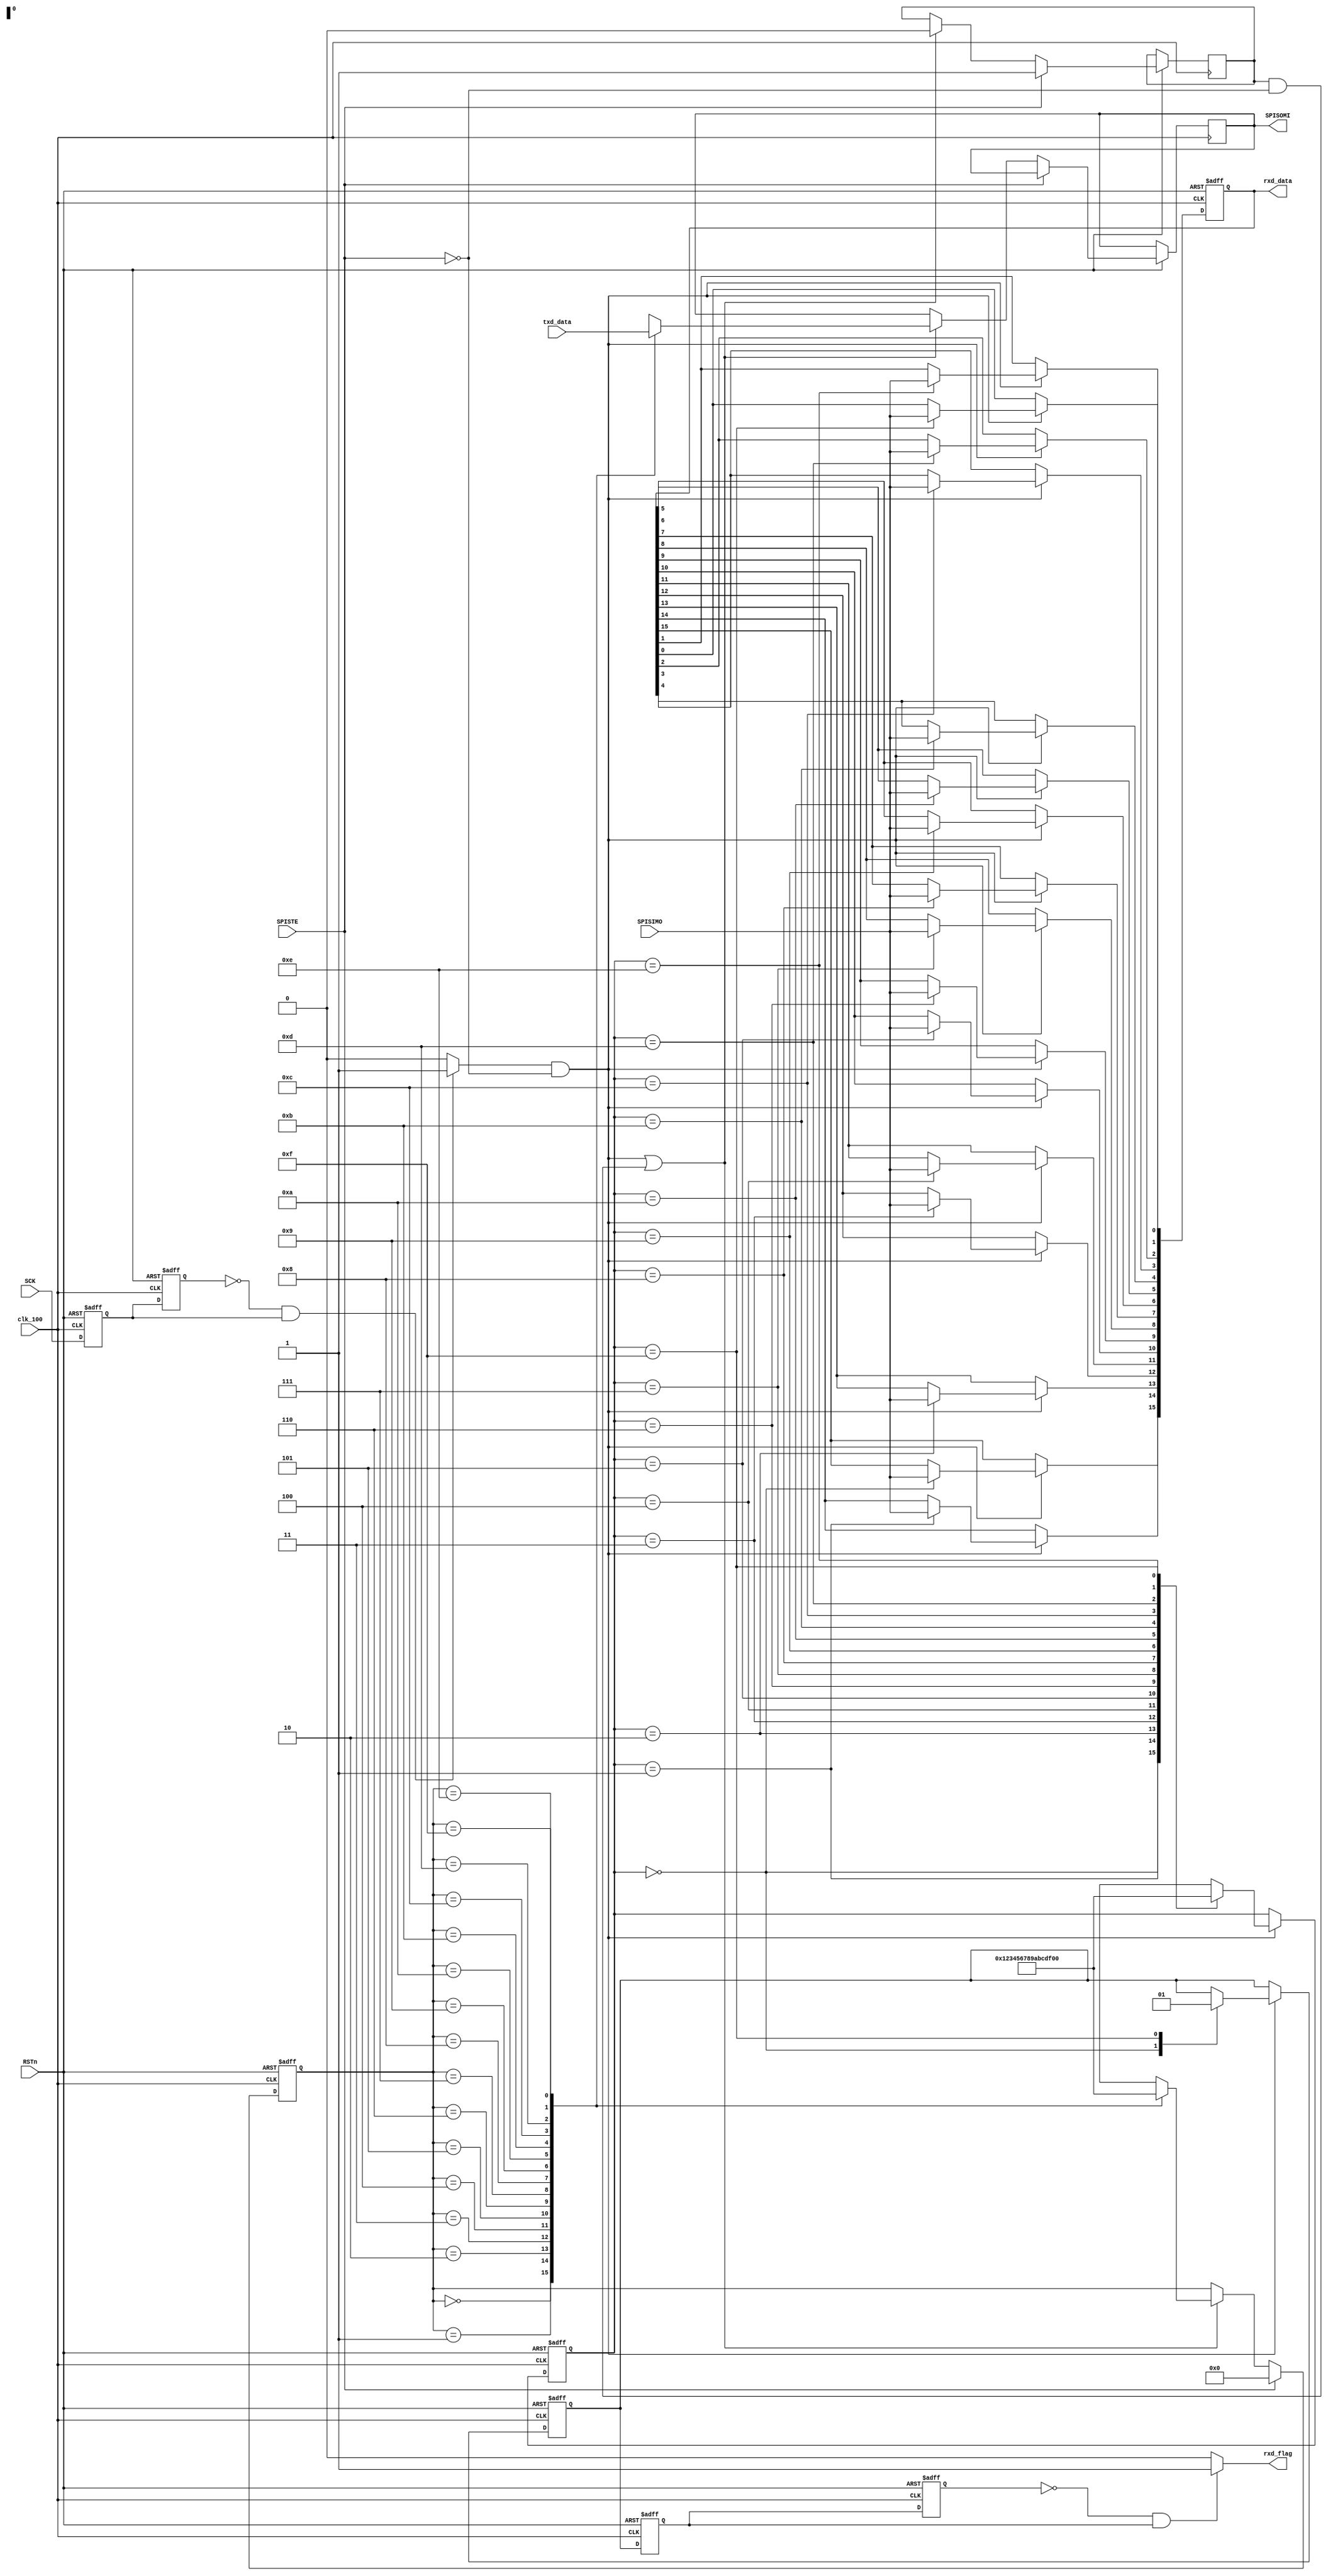

/***********************************************************************
		****************** name:SPI_Slaver_Driver **************
***********************************************************************/
//use SPI 3 mode,CPOL = 0,CPHA = 1

module spi
(
input clk_100,
input RSTn,
input SPISTE,
input SCK,
input SPISIMO,
input  [15:0] txd_data,
output reg SPISOMI,
output reg [15:0] rxd_data,
output rxd_flag				//recieve done,please transmit data
); 


//-------------------------capture the sck-----------------------------          
reg sck_r0;
reg sck_r1;
//wire sck_n;
wire sck_p;
always@(posedge clk_100 or negedge RSTn)
begin
    if(!RSTn)
        begin
            sck_r0 <= 1'b1;   //sck of the idle state is high 
            sck_r1 <= 1'b1;
        end
    else
        begin
            sck_r0 <= SCK;
            sck_r1 <= sck_r0;
        end
end

//assign sck_n = (~sck_r0 & sck_r1)? 1'b1:1'b0;   //capture the sck negedge
assign sck_p = (~sck_r1 & sck_r0)? 1'b1:1'b0;   //capture the sck posedge

//-----------------------spi_slaver read data-------------------------------
reg rxd_flag_r;
reg [3:0] rxd_state;
always@(posedge clk_100 or negedge RSTn)
begin
    if(!RSTn)
        begin
            rxd_data <= 1'b0;
            rxd_flag_r <= 1'b0;
            rxd_state <= 1'b0;
        end
    else if(sck_p && !SPISTE)   
        begin
            case(rxd_state)
                4'd0:begin
                        rxd_data[15] <= SPISIMO;
                        rxd_flag_r <= 1'b0;   		//reset rxd_flag
                        rxd_state <= 4'd1;
                      end
                4'd1:begin
                        rxd_data[14] <= SPISIMO;
                        rxd_state <= 4'd2;
                      end
                4'd2:begin
                        rxd_data[13] <= SPISIMO;
                        rxd_state <= 4'd3;
                      end
                4'd3:begin
                        rxd_data[12] <= SPISIMO;
                        rxd_state <= 4'd4;
                      end
                4'd4:begin
                        rxd_data[11] <= SPISIMO;
                        rxd_state <= 4'd5;
                      end
                4'd5:begin
                        rxd_data[10] <= SPISIMO;
                        rxd_state <= 4'd6;
                      end
                4'd6:begin
                        rxd_data[9] <= SPISIMO;
                        rxd_state <= 4'd7;
                      end
                4'd7:begin
                        rxd_data[8] <= SPISIMO;
                        rxd_state <= 4'd8;
                      end
                4'd8:begin
                        rxd_data[7] <= SPISIMO;
                        rxd_state <= 4'd9;
                      end
                4'd9:begin
                        rxd_data[6] <= SPISIMO;
                        rxd_state <= 4'd10;
                      end
                4'd10:begin
                        rxd_data[5] <= SPISIMO;
                        rxd_state <= 4'd11;
                      end
                4'd11:begin
                        rxd_data[4] <= SPISIMO;
                        rxd_state <= 4'd12;
                      end
                4'd12:begin
                        rxd_data[3] <= SPISIMO;
                        rxd_state <= 4'd13;
                      end
                4'd13:begin
                        rxd_data[2] <= SPISIMO;
                        rxd_state <= 4'd14;
                      end
                4'd14:begin
                        rxd_data[1] <= SPISIMO;
                        rxd_state <= 4'd15;
                      end       
                4'd15:begin
                        rxd_data[0] <= SPISIMO;
                        rxd_flag_r <= 1'b1;  		//set rxd_flag
                        rxd_state <= 3'd0;
                      end
                default: ;
            endcase
        end
end


//--------------------capture spi_flag posedge,Tranmit next frame--------------------------------
reg rxd_flag_r0;
reg rxd_flag_r1;
always@(posedge clk_100 or negedge RSTn)
begin
    if(!RSTn)
        begin
            rxd_flag_r0 <= 1'b0;
            rxd_flag_r1 <= 1'b0;
        end
    else
        begin
            rxd_flag_r0 <= rxd_flag_r;
            rxd_flag_r1 <= rxd_flag_r0;
        end
end

assign rxd_flag = (~rxd_flag_r1 & rxd_flag_r0)? 1'b1:1'b0;   

//---------------------spi_slaver send data---------------------------
reg [3:0] txd_state;
reg	SPISTE_Older;
wire	a;
wire	b;
assign a = (sck_p && !SPISTE);
assign b = (SPISTE_Older && !SPISTE);

always@(posedge clk_100 or negedge RSTn)
begin
    if(!RSTn)
        begin
            txd_state <= 4'd0;
        end
    else if(SPISTE)
		begin
			txd_state <= 4'd0;
			SPISTE_Older <= 1'b1;
		end
    else if(a || b)
        begin
			SPISTE_Older <= 1'b0;
            case(txd_state)
                4'd0:begin
                        SPISOMI <= txd_data[15];
                        txd_state <= 4'd1;
                      end
                4'd1:begin
                        SPISOMI <= txd_data[14];
                        txd_state <= 4'd2;
                      end
                4'd2:begin
                        SPISOMI <= txd_data[13];
                        txd_state <= 4'd3;
                      end
                4'd3:begin
                        SPISOMI <= txd_data[12];
                        txd_state <= 4'd4;
                      end
                4'd4:begin
                        SPISOMI <= txd_data[11];
                        txd_state <= 4'd5;
                      end
                4'd5:begin
                        SPISOMI <= txd_data[10];
                        txd_state <= 4'd6;
                      end
                4'd6:begin
                        SPISOMI <= txd_data[9];
                        txd_state <= 4'd7;
                      end
                4'd7:begin
                        SPISOMI <= txd_data[8];
                        txd_state <= 4'd8;
                      end
                4'd8:begin
                        SPISOMI <= txd_data[7];
                        txd_state <= 4'd9;
                      end
                4'd9:begin
                        SPISOMI <= txd_data[6];
                        txd_state <= 4'd10;
                      end
                4'd10:begin
                        SPISOMI <= txd_data[5];
                        txd_state <= 4'd11;
                      end
                4'd11:begin
                        SPISOMI <= txd_data[4];
                        txd_state <= 4'd12;
                      end
                4'd12:begin
                        SPISOMI <= txd_data[3];
                        txd_state <= 4'd13;
                      end
                4'd13:begin
                        SPISOMI <= txd_data[2];
                        txd_state <= 4'd14;
                      end
                4'd14:begin
                        SPISOMI <= txd_data[1];
                        txd_state <= 4'd15;
                      end
                4'd15:begin
                        SPISOMI <= txd_data[0];
                        txd_state <= 4'd0;
                      end
                default: ;
            endcase
        end
    
end

endmodule